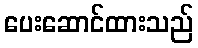
ပေးဆောင်ထားသည်